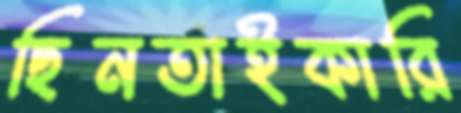
ছিনতাইকারি